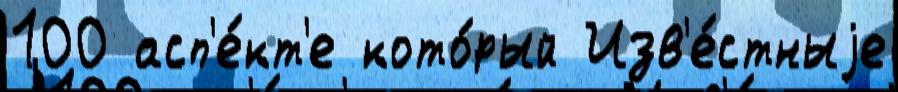
100 асп'е́кт'е кото́рый Изв'е́стныjе